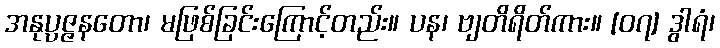
အနုပ္ပဇ္ဇနတော၊ မဖြစ်ခြင်းကြောင့်တည်း။ ပန၊ ဗျတိရိတ်ကား။ [၀၇] ဒွါရံ၊